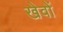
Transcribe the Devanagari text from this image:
खेवों